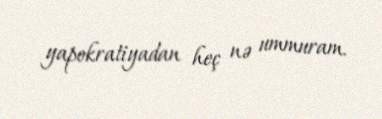
yapokratiyadan heç nə ummuram.